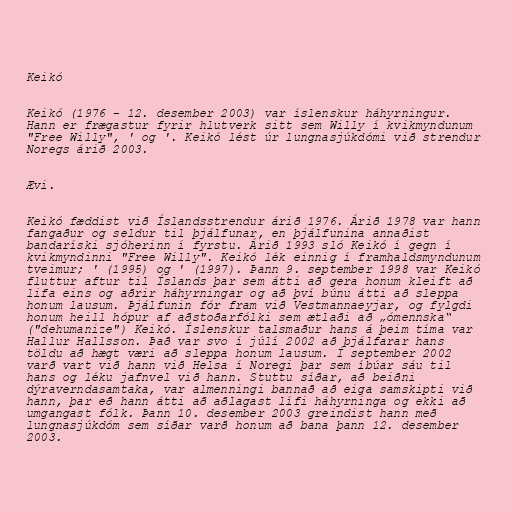
Keikó

Keikó (1976 - 12. desember 2003) var íslenskur háhyrningur.
Hann er frægastur fyrir hlutverk sitt sem Willy í kvikmyndunum
"Free Willy", ' og '. Keikó lést úr lungnasjúkdómi við strendur
Noregs árið 2003.

Ævi.

Keikó fæddist við Íslandsstrendur árið 1976. Árið 1978 var hann
fangaður og seldur til þjálfunar, en þjálfunina annaðist
bandaríski sjóherinn í fyrstu. Árið 1993 sló Keikó í gegn í
kvikmyndinni "Free Willy". Keikó lék einnig í framhaldsmyndunum
tveimur; ' (1995) og ' (1997). Þann 9. september 1998 var Keikó
fluttur aftur til Íslands þar sem átti að gera honum kleift að
lifa eins og aðrir háhyrningar og að því búnu átti að sleppa
honum lausum. Þjálfunin fór fram við Vestmannaeyjar, og fylgdi
honum heill hópur af aðstoðarfólki sem ætlaði að „ómennska“
("dehumanize") Keikó. Íslenskur talsmaður hans á þeim tíma var
Hallur Hallsson. Það var svo í júlí 2002 að þjálfarar hans
töldu að hægt væri að sleppa honum lausum. Í september 2002
varð vart við hann við Helsa í Noregi þar sem íbúar sáu til
hans og léku jafnvel við hann. Stuttu síðar, að beiðni
dýraverndasamtaka, var almenningi bannað að eiga samskipti við
hann, þar eð hann átti að aðlagast lífi háhyrninga og ekki að
umgangast fólk. Þann 10. desember 2003 greindist hann með
lungnasjúkdóm sem síðar varð honum að bana þann 12. desember
2003.